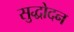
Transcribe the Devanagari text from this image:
सुद्धोदन